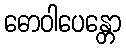
ဓောဝါပေန္တော